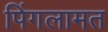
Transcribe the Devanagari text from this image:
पिंगलामत